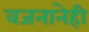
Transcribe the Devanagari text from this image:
वजनानेही